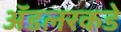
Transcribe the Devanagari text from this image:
ॲडलरकडे